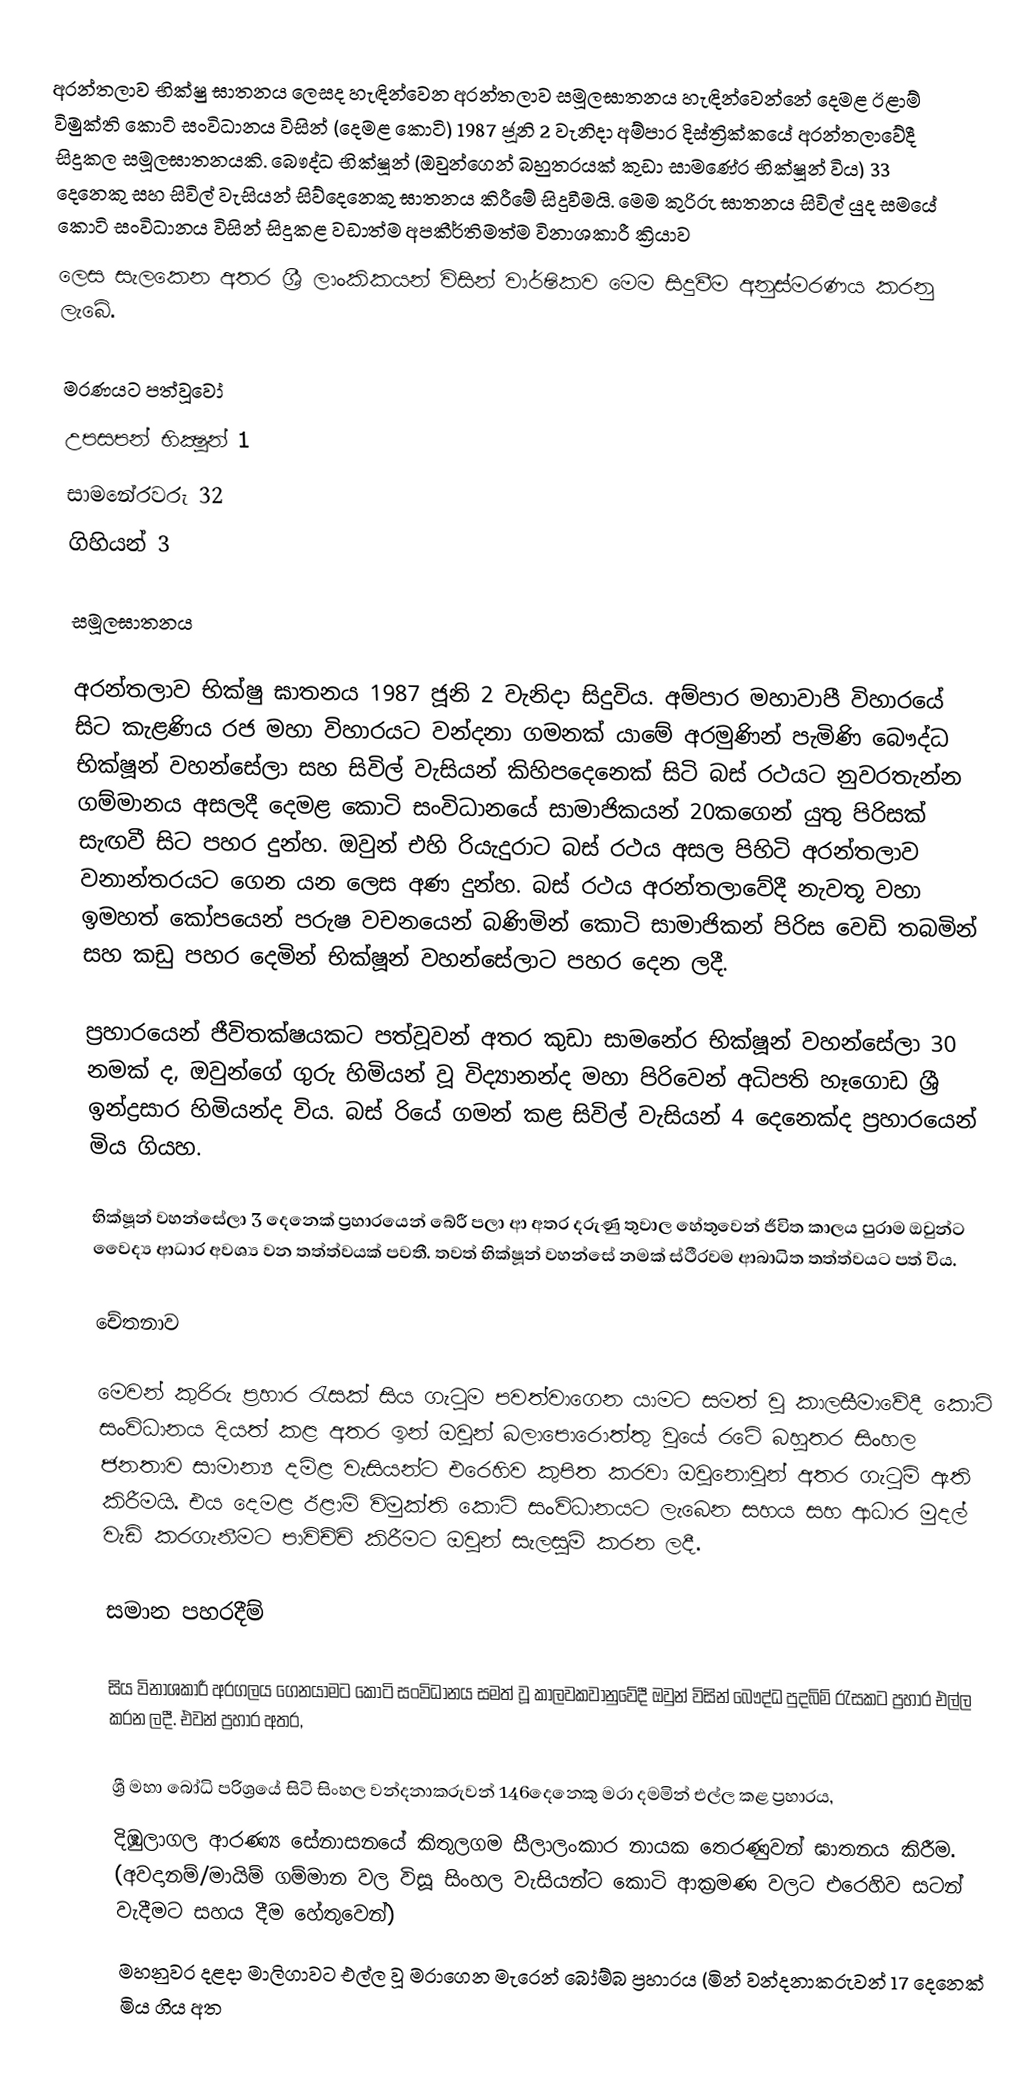
අරන්තලාව භික්ෂු ඝාතනය ලෙසද හැඳින්වෙන අරන්තලාව සමූලඝාතනය හැඳින්වෙන්නේ දෙමළ ඊළාම් විමුක්ති කොටි සංවිධානය විසින් (දෙමළ කොටි) 1987 ජූනි 2 වැනිදා අම්පාර දිස්ත්‍රික්කයේ අරන්තලාවේදී සිදුකල සමූලඝාතනයකි. බෞද්ධ භික්ෂූන් (ඔවුන්ගෙන් බහුතරයක් කුඩා සාමණේර භික්ෂූන් විය) 33 දෙනෙකු සහ සිවිල් වැසියන් සිව්දෙනෙකු ඝාතනය කිරීමේ සිදුවීමයි. මෙම කුරිරු ඝාතනය සිවිල් යුද සමයේ කොටි සංවිධානය විසින් සිදුකළ වඩාත්ම අපකීර්තිමත්ම විනාශකාරී ක්‍රියාව
ලෙස සැලකෙන අතර ශ්‍රී ලාංකිකයන් විසින් වාර්ෂිකව මෙම සිදුවීම අනුස්මරණය කරනු ලැබේ.

මරණයට පත්වූවෝ
 උපසපන් භික්‍ෂූන් 1
 සාමනේරවරු 32
 ගිහියන් 3

සමූලඝාතනය

අරන්තලාව භික්ෂු ඝාතනය 1987 ජූනි 2 වැනිදා  සිදුවිය. අම්පාර මහාවාපී විහාරයේ සිට කැළණිය රජ මහා විහාරයට වන්දනා ගමනක් යාමේ අරමුණින් පැමිණි බෞද්ධ භික්ෂූන් වහන්සේලා සහ සිවිල් වැසියන් කිහිපදෙනෙක් සිටි බස් රථයට නුවරතැන්න ගම්මානය අසලදී දෙමළ කොටි සංවිධානයේ සාමාජිකයන් 20කගෙන් යුතු පිරිසක් සැඟවී සිට පහර දුන්හ. ඔවුන් එහි රියැදුරාට බස් රථය අසල පිහිටි අරන්තලාව වනාන්තරයට ගෙන යන ලෙස අණ දුන්හ. බස් රථය අරන්තලාවේදී නැවතූ වහා ඉමහත් කෝපයෙන් පරුෂ වචනයෙන් බණිමින් කොටි සාමාජිකන් පිරිස වෙඩි තබමින් සහ කඩු පහර දෙමින් භික්ෂූන් වහන්සේලාට පහර දෙන ලදී.

ප්‍රහාරයෙන් ජීවිතක්ෂයකට පත්වූවන් අතර කුඩා සාමනේර භික්ෂූන් වහන්සේලා 30 නමක් ද, ඔවුන්ගේ ගුරු හිමියන් වූ විද්‍යානන්ද මහා පිරිවෙන් අධිපති හෑගොඩ ශ්‍රී ඉන්ද්‍රසාර හිමියන්ද විය. බස් රියේ ගමන් කළ සිවිල් වැසියන් 4 දෙනෙක්ද ප්‍රහාරයෙන් මිය ගියහ.

භික්ෂූන් වහන්සේලා 3 දෙනෙක් ප්‍රහාරයෙන් බේරී පලා ආ අතර දරුණු තුවාල හේතුවෙන් ජීවිත කාලය පුරාම ඔවුන්ට වෛද්‍ය ආධාර අවශ්‍ය වන තත්ත්වයක් පවතී. තවත් භික්ෂූන් වහන්සේ නමක් ස්ථීරවම ආබාධිත තත්ත්වයට පත් විය.

චේතනාව

මෙවන් කුරිරු ප්‍රහාර ‍රැසක් සිය ගැ‍ටුම පවත්වාගෙන යාමට සමත් වූ කාලසීමාවේදී කොටි සංවිධානය දියත් කළ අතර ඉන් ඔවුන් බලාපොරොත්තු වූයේ රටේ බහුතර සිංහල ජනතාව සාමාන්‍ය දමිළ වැසියන්ට එරෙහිව කුපිත කරවා ඔවුනොවුන් අතර ගැ‍ටුම් ඇති කිරීමයි. එය දෙමළ ඊළාම් විමුක්ති කොටි සංවිධානයට ලැබෙන සහය සහ ආධාර මුදල් වැඩි කරගැනීමට පාවිච්චි කිරීමට ඔවුන් සැලසුම් කරන ලදී.

සමාන පහරදීම්

සිය විනාශකාරී අරගලය ගෙනයාමට කොටි සංවිධානය සමත් වූ කාලවකවානුවේදී ඔවුන් විසින් බෞද්ධ පුදබිම් ‍රැසකට ප්‍රහාර  එල්ල කරන ලදී. එවන් ප්‍රහාර අතර,

ශ්‍රී මහා බෝධි පරිශ්‍රයේ සිටි සිංහල වන්දනාකරුවන් 146දෙනෙකු මරා දමමින් එල්ල කළ ප්‍රහාරය,
දිඹුලාගල ආරණ්‍ය සේනාසනයේ කිතුලගම සීලාලංකාර නායක තෙරණුවන් ඝාතනය කිරීම. (අවදානම්/මායිම් ගම්මාන වල විසූ සිංහල වැසියන්ට කොටි ආක්‍රමණ වලට එරෙහිව සටන් වැදීමට සහය දීම හේතුවෙන්)
මහනුවර දළදා මාලිගාවට එල්ල වූ මරාගෙන මැරෙන් බෝම්බ ප්‍රහාරය (මින් වන්දනාකරුවන් 17 දෙනෙක් මිය ගිය අත